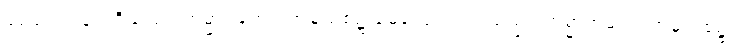
မွေ့လျော်ခြင်းရှိသည်။ ကမ္မာရတော၊ အမူသစ်၌ မွေ့လျော်တတ်သည်။ ကမ္မာရာမတံ၊ အမူသစ်၌